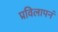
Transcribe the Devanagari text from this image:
प्रविलापनं